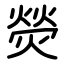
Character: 熒